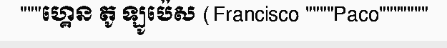
"""ហ្គេន តូ ឡូប៉េស (Francisco """"Paco"""""""